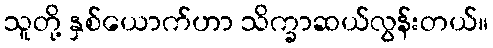
သူတို့ နှစ်ယောက်ဟာ သိက္ခာဆယ်လွန်းတယ်။